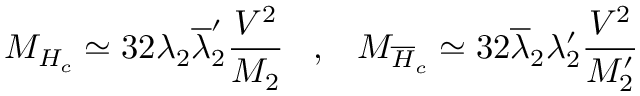
M _ { H _ { c } } \simeq 3 2 \lambda _ { 2 } \overline { { { \lambda } } } _ { 2 } ^ { \prime } \frac { V ^ { 2 } } { M _ { 2 } } \; \; \; , \; \; \; M _ { \overline { { { H } } } _ { c } } \simeq 3 2 \overline { { { \lambda } } } _ { 2 } \lambda _ { 2 } ^ { \prime } \frac { V ^ { 2 } } { M _ { 2 } ^ { \prime } }